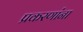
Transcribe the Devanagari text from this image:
प्रकरणांना